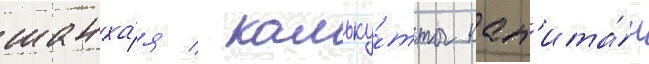
шанха́я / кальку́тты кап'ита́н